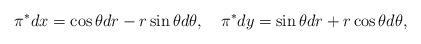
LaTeX: \begin{align*}\pi^*d x=\cos\theta d r-r\sin\theta d\theta,\quad\pi^*d y=\sin\theta d r+r\cos\theta d\theta,\end{align*}